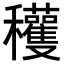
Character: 𥤙